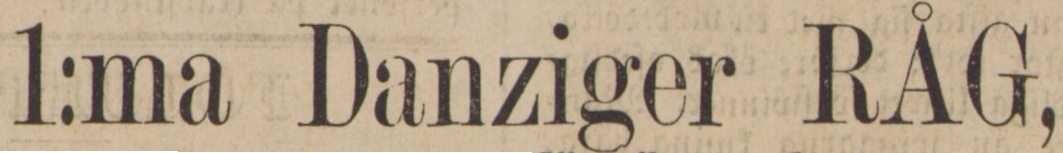
1:ma Danziger RÅG,